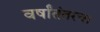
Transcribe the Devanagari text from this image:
वर्षांतंतरचा